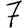
Digit: 7